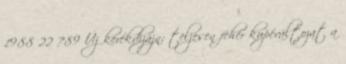
1988 22 789 Új kerékdizájn; teljesen fehér kupéváltozat a